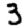
Digit: 3